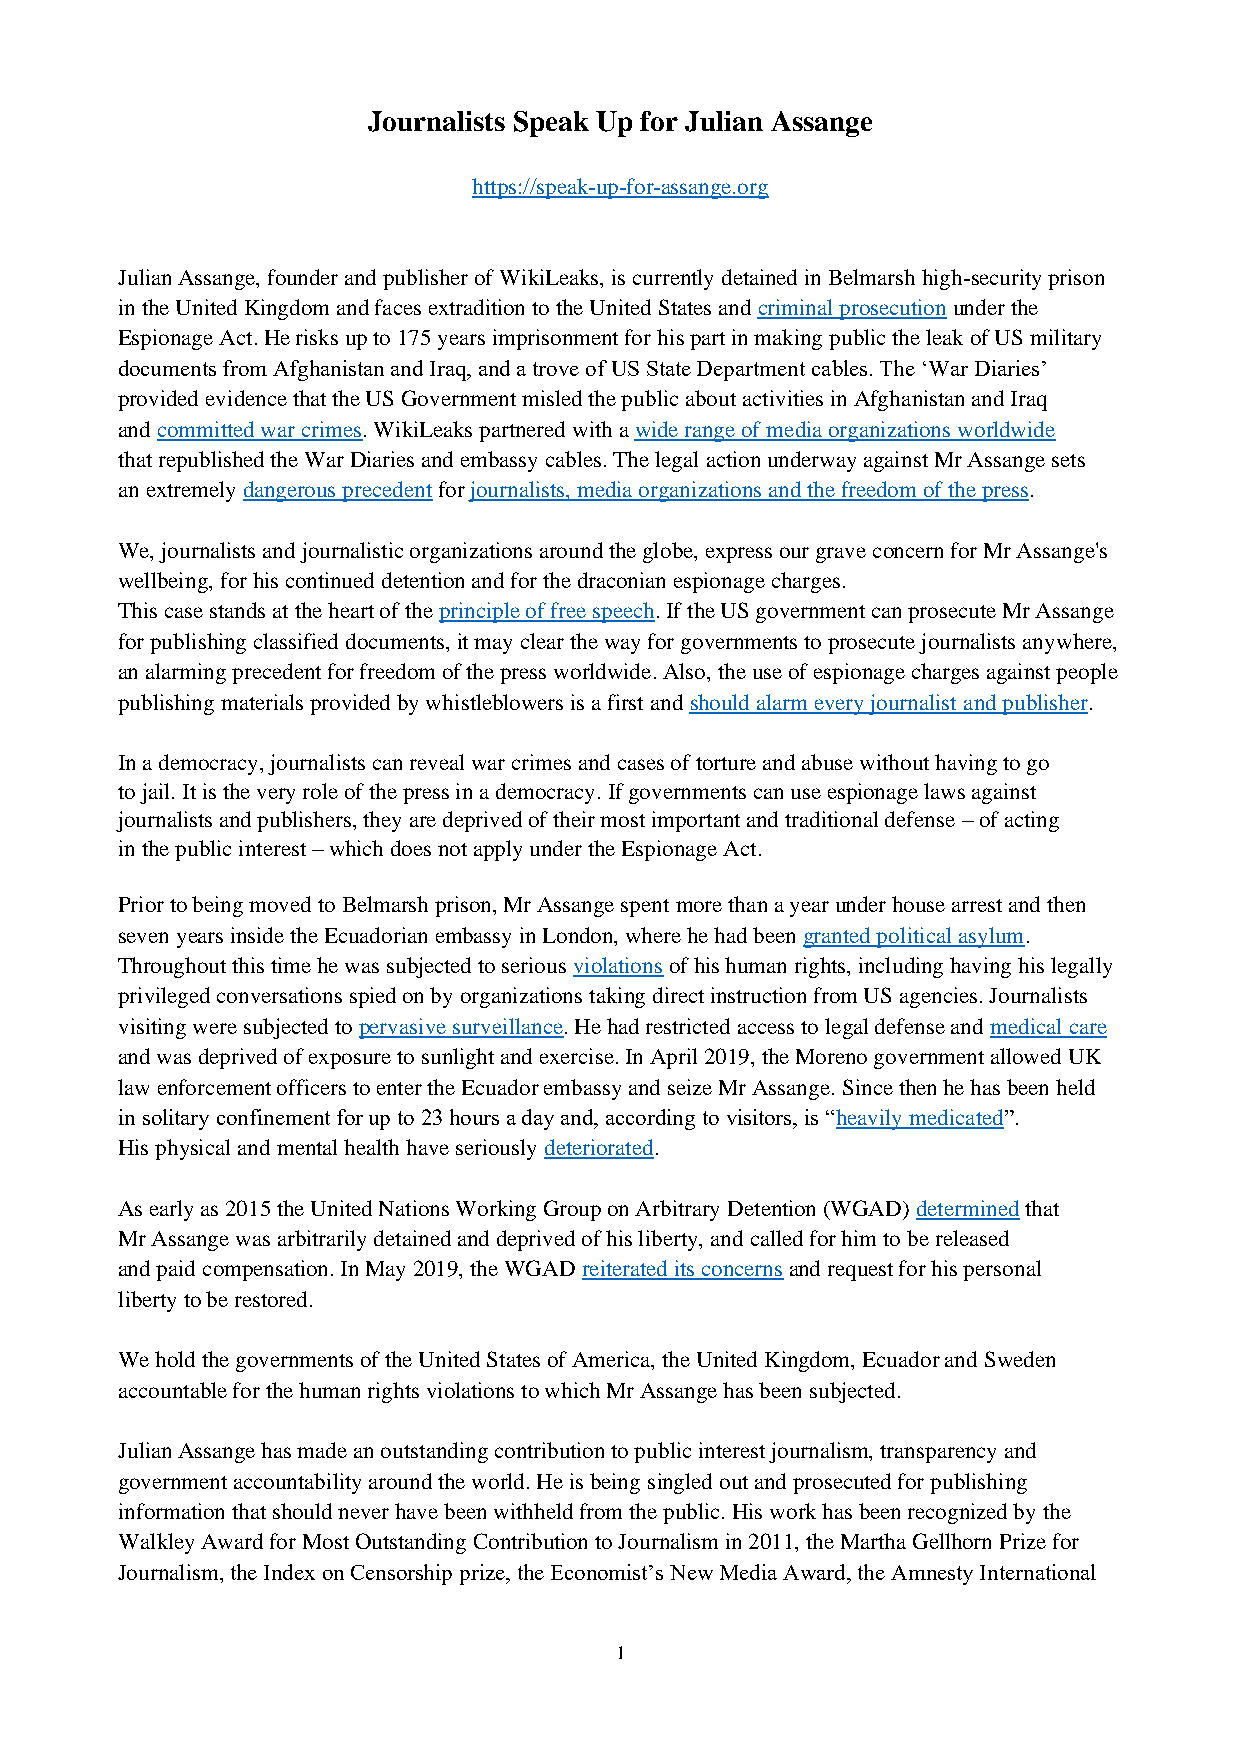
Journalists Speak Up for Julian Assange
 https://speak-up-for-assange.org
 Julian Assange, founder and publisher of WikiLeaks, is currently detained in Belmarsh high-security prison
 in the United Kingdom and faces extradition to the United States and criminal prosecution under the
 Espionage Act. He risks up to 175 years imprisonment for his part in making public the leak of US military
 documents from Afghanistan and Iraq, and a trove of US State Department cables. The ‘War Diaries’
 provided evidence that the US Government misled the public about activities in Afghanistan and Iraq
 and committed war crimes. WikiLeaks partnered with a wide range of media organizations worldwide
 that republished the War Diaries and embassy cables. The legal action underway against Mr Assange sets
 an extremely dangerous precedent for journalists, media organizations and the freedom of the press.
 We, journalists and journalistic organizations around the globe, express our grave concern for Mr Assange's
 wellbeing, for his continued detention and for the draconian espionage charges.
 This case stands at the heart of the principle of free speech. If the US government can prosecute Mr Assange
 for publishing classified documents, it may clear the way for governments to prosecute journalists anywhere,
 an alarming precedent for freedom of the press worldwide. Also, the use of espionage charges against people
 publishing materials provided by whistleblowers is a first and should alarm every journalist and publisher.
 In a democracy, journalists can reveal war crimes and cases of torture and abuse without having to go
 to jail. It is the very role of the press in a democracy. If governments can use espionage laws against
 journalists and publishers, they are deprived of their most important and traditional defense – of acting
 in the public interest – which does not apply under the Espionage Act.
 Prior to being moved to Belmarsh prison, Mr Assange spent more than a year under house arrest and then
 seven years inside the Ecuadorian embassy in London, where he had been granted political asylum.
 Throughout this time he was subjected to serious violations of his human rights, including having his legally
 privileged conversations spied on by organizations taking direct instruction from US agencies. Journalists
 visiting were subjected to pervasive surveillance. He had restricted access to legal defense and medical care
 and was deprived of exposure to sunlight and exercise. In April 2019, the Moreno government allowed UK
 law enforcement officers to enter the Ecuador embassy and seize Mr Assange. Since then he has been held
 in solitary confinement for up to 23 hours a day and, according to visitors, is “heavily medicated”.
 His physical and mental health have seriously deteriorated.
 As early as 2015 the United Nations Working Group on Arbitrary Detention (WGAD) determined that
 Mr Assange was arbitrarily detained and deprived of his liberty, and called for him to be released
 and paid compensation. In May 2019, the WGAD reiterated its concerns and request for his personal
 liberty to be restored.
 We hold the governments of the United States of America, the United Kingdom, Ecuador and Sweden
 accountable for the human rights violations to which Mr Assange has been subjected.
 Julian Assange has made an outstanding contribution to public interest journalism, transparency and
 government accountability around the world. He is being singled out and prosecuted for publishing
 information that should never have been withheld from the public. His work has been recognized by the
 Walkley Award for Most Outstanding Contribution to Journalism in 2011, the Martha Gellhorn Prize for
 Journalism, the Index on Censorship prize, the Economist’s New Media Award, the Amnesty International
 1